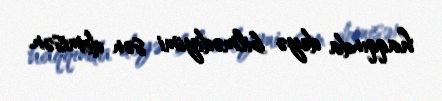
haqqında deyə bilmədiyimi sən demisən.